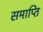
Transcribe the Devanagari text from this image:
समाप्‍ति